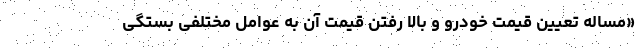
«مساله تعیین قیمت خودرو و بالا رفتن قیمت آن به عوامل مختلفی بستگی